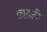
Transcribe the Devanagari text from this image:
काबंळी